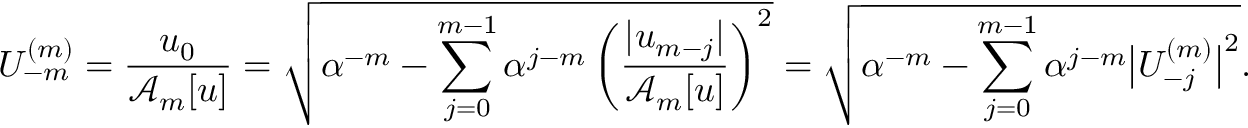
U _ { - m } ^ { ( m ) } = \frac { u _ { 0 } } { \mathcal { A } _ { m } [ u ] } = \sqrt { \alpha ^ { - m } - \sum _ { j = 0 } ^ { m - 1 } \alpha ^ { j - m } \left( \frac { | u _ { m - j } | } { \mathcal { A } _ { m } [ u ] } \right) ^ { 2 } } = \sqrt { \alpha ^ { - m } - \sum _ { j = 0 } ^ { m - 1 } \alpha ^ { j - m } \big | U _ { - j } ^ { ( m ) } \big | ^ { 2 } } .